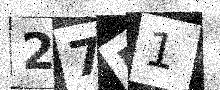
Text: 27B1